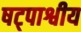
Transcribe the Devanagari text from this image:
षट्पाश्वीय